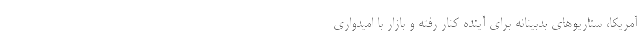
آمریکا، سناریوهای بدبینانه برای آینده کنار رفته و بازار با امیدواری